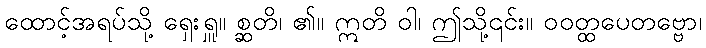
ထောင့်အရပ်သို့ ရှေးရှူ။ စ္ဆတိ၊ ၏။ ဣတိ ဝါ၊ ဤသို့၎င်း။ ဝဝတ္ထပေတဗ္ဗော၊